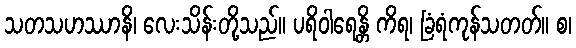
သတသဟဿာနိ၊ လေးသိန်းတို့သည်။ ပရိဝါရေန္တိ ကိရ၊ ခြံရံကုန်သတတ်။ စ၊